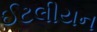
ઈટલીયન